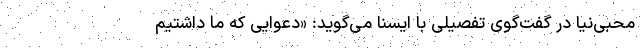
محبی‌نیا در گفت‌گوی تفصیلی با ایسنا می‌گوید: «دعوایی که ما داشتیم